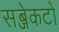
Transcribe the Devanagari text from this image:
सब्जेकटों